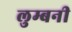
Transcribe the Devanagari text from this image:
लुम्बनी